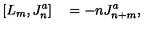
[ L _ { m } , J _ { n } ^ { a } ] \quad = - n J _ { n + m } ^ { a } ,